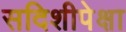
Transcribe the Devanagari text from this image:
सदिशीपेक्षा